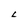
Character: L